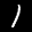
Label: 1